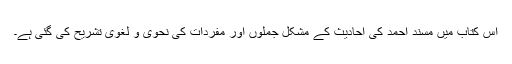
اس کتاب میں مسند احمد کی احادیث کے مشکل جملوں اور مفردات کی نحوی و لغوی تشریح کی گئی ہے۔